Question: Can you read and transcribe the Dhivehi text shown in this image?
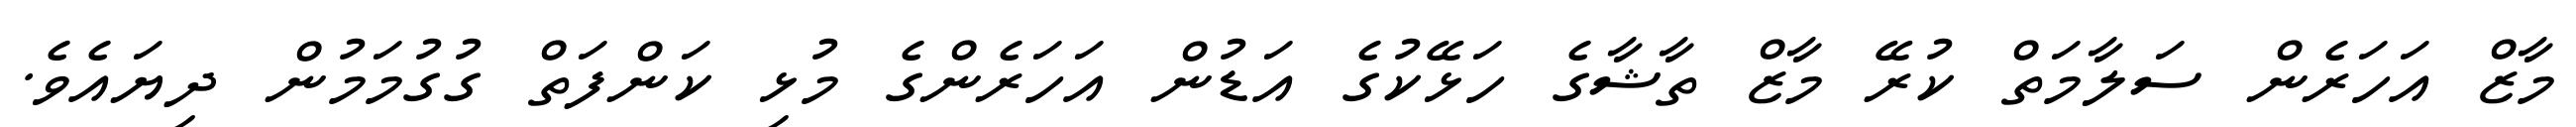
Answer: މާޒް އަހަރެން ސަލާމަތް ކުރޭ މާޒް ތާޝާގެ ހަޅޭކުގެ އަޑުން އަހަރެންގެ މުޅި ކަންފަތް ގުގުމަމުން ދިޔައެވެ.